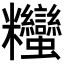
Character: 𥾃